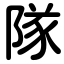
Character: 隊